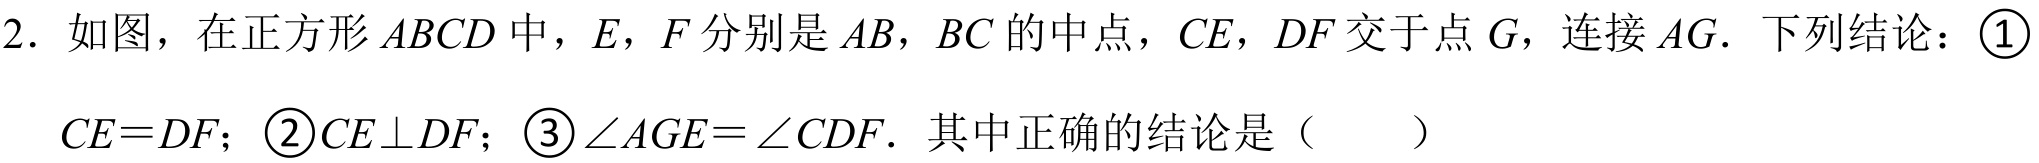
2. 如图，在正方形 \(ABCD\) 中，\(E\)，\(F\) 分别是 \(AB\)，\(BC\) 的中点，\(CE\)，\(DF\) 交于点 \(G\)，连接 \(AG\). 下列结论：\textcircled{1}
\(CE = DF\)；\textcircled{2}\(CE\perp DF\)；\textcircled{3}\(\angle AGE=\angle CDF\). 其中正确的结论是（  ）